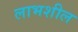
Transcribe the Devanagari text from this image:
लाभशील